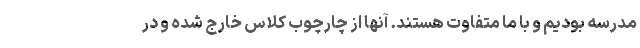
مدرسه بودیم و با ما متفاوت هستند. آنها از چارچوب کلاس خارج شده و در